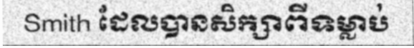
Smith ដែលបានសិក្សាពីទម្លាប់